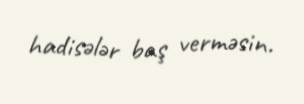
hadisələr baş verməsin.